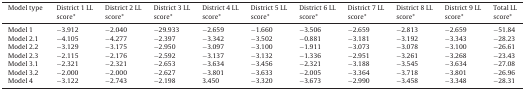
| Model type | District 1 LL score* | District 2 LL score* | District 3 LL score* | District 4 LL score* | District 5 LL score* | District 6 LL score* | District 7 LL score* | District 8 LL score* | District 9 LL score* | Total LL score* |
 | --- | --- | --- | --- | --- | --- | --- | --- | --- | --- | --- |
 | Model 1 | −3.912 | −2.040 | −29.933 | −2.659 | −1.660 | −3.506 | −2.659 | −2.813 | −2.659 | −51.84 |
 | Model 2.1 | −4.105 | −4.277 | −2.397 | −3.342 | −3.502 | −0.881 | −3.181 | −3.192 | −3.343 | −28.23 |
 | Model 2.2 | −3.129 | −3.175 | −2.950 | −3.097 | −3.100 | −1.911 | −3.073 | −3.078 | −3.100 | −26.61 |
 | Model 2.3 | −2.115 | −2.176 | −2.592 | −3.137 | −3.132 | −1.336 | −2.951 | −3.261 | −3.268 | −23.43 |
 | Model 3.1 | −2.321 | −2.321 | −2.653 | −3.634 | −3.456 | −2.321 | −3.188 | −3.545 | −3.634 | −27.08 |
 | Model 3.2 | −2.000 | −2.000 | −2.627 | −3.801 | −3.633 | −2.005 | −3.364 | −3.718 | −3.801 | −26.96 |
 | Model 4 | −3.122 | −2.743 | −2.198 | 3.450 | −3.320 | −3.673 | −2.990 | −3.458 | −3.348 | −28.31 |